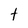
Character: t